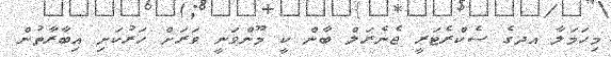
މިހަމަލާ އދގެ ސެކްރެޓަރީ ޖެނެރަލް ބާން ކީ މޫންވަނީ ވަރަށް ހަރުކަށި އިބާރާތުން